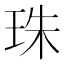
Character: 珠